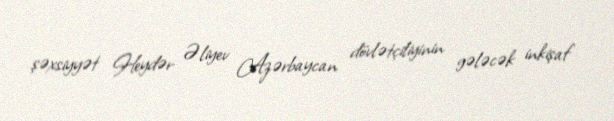
şəxsiyyət Heydər Əliyev Azərbaycan dövlətçiliyinin gələcək inkişaf